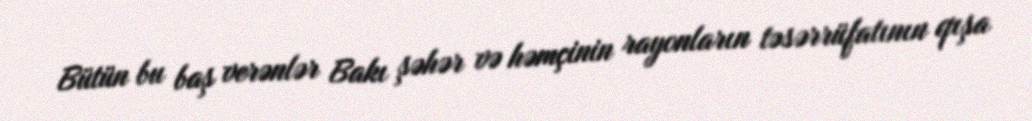
Bütün bu baş verənlər Bakı şəhər və həmçinin rayonların təsərrüfatının qışa